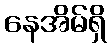
နေအိမ်ရှိ